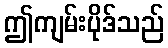
ဤကျမ်းပိုဒ်သည်